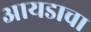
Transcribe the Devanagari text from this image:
आयडाचा